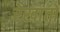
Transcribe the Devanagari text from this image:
रेखांतों